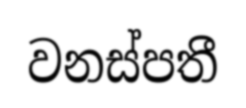
වනස්පතී